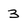
Character: 3